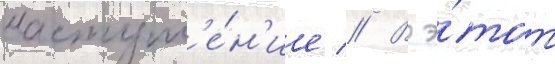
наступл'е́н'ие // В э́тот